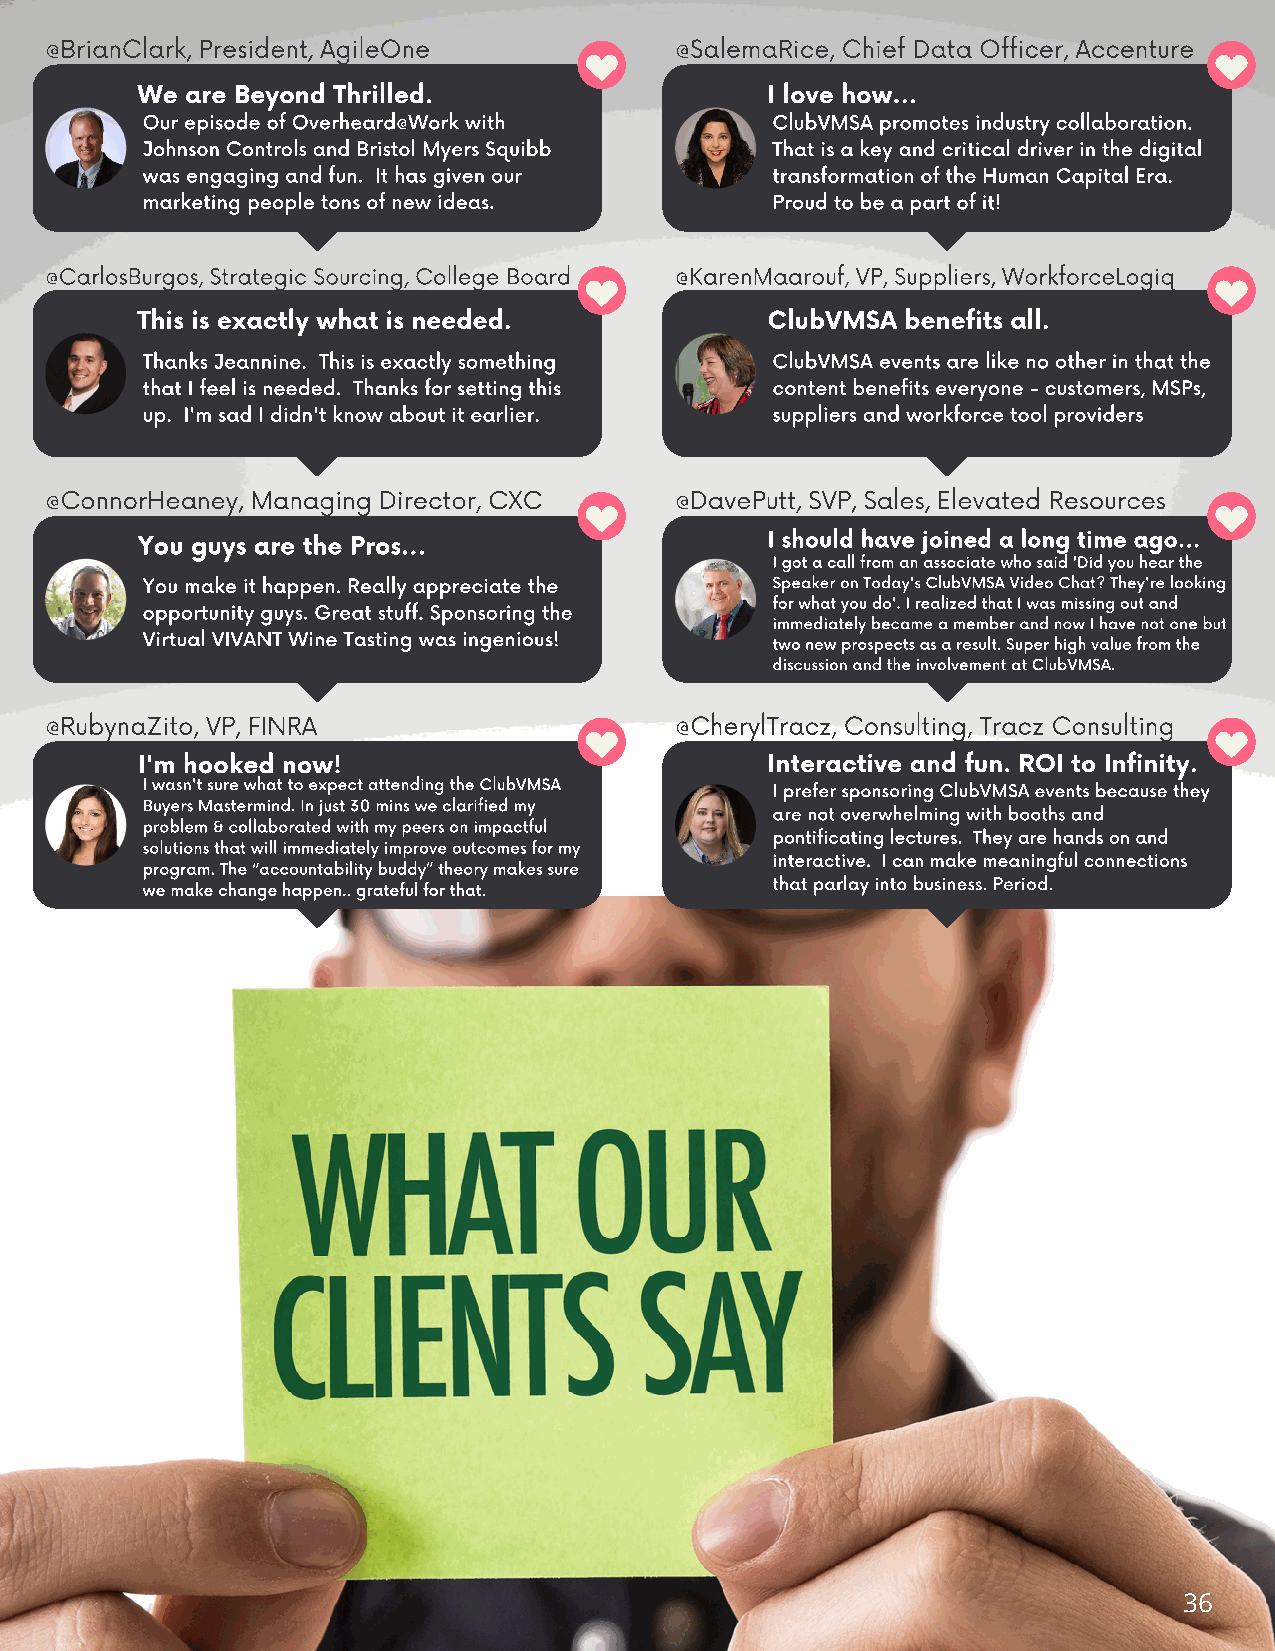
@BrianClark, President, AgileOne          @SalemaRice, Chief Data Officer, Accenture
 We are Beyond Thrilled.                   I love how...
 Our episode of Overheard@Work with        ClubVMSA promotes industry collaboration.
 Johnson Controls and Bristol Myers Squibb That is a key and critical driver in the digital
 was engaging and fun. It has given our    transformation of the Human Capital Era.
 marketing people tons of new ideas.       Proud to be a part of it!
 @CarlosBurgos, Strategic Sourcing, College Board @KarenMaarouf, VP, Suppliers, WorkforceLogiq
 This is exactly what is needed.           ClubVMSA benefits all.
 Thanks Jeannine. This is exactly something ClubVMSA events are like no other in that the
 that I feel is needed. Thanks for setting this content benefits everyone - customers, MSPs,
 up. I'm sad I didn't know about it earlier. suppliers and workforce tool providers
 @ConnorHeaney, Managing Director, CXC     @DavePutt, SVP, Sales, Elevated Resources
 You guys are the Pros...                  I should have joined a long time ago...
 I got a call from an associate who said 'Did you hear the
 You make it happen. Really appreciate the Speaker on Today's ClubVMSA Video Chat? They're looking
 for what you do'. I realized that I was missing out and
 opportunity guys. Great stuff. Sponsoring the
 immediately became a member and now I have not one but
 Virtual VIVANT Wine Tasting was ingenious!
 two new prospects as a result. Super high value from the
 discussion and the involvement at ClubVMSA.
 @RubynaZito, VP, FINRA                    @CherylTracz, Consulting, Tracz Consulting
 I'm hooked now!                           Interactive and fun. ROI to Infinity.
 I wasn't sure what to expect attending the ClubVMSA I prefer sponsoring ClubVMSA events because they
 Buyers Mastermind. In just 30 mins we clarified my
 are not overwhelming with booths and
 problem & collaborated with my peers on impactful
 pontificating lectures. They are hands on and
 solutions that will immediately improve outcomes for my
 interactive. I can make meaningful connections
 program. The “accountability buddy” theory makes sure
 that parlay into business. Period.
 we make change happen.. grateful for that.
 36